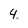
Character: 4